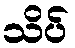
သိပ်